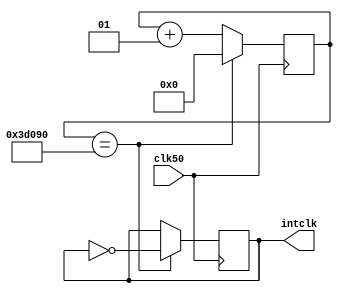
/*---------------50 Mhz to 1hz clock----------------*/
module divclk2(clk50,intclk);
input clk50;
output intclk;
integer counter=0;
reg intclk=1'b0;
//reg led;

always@(posedge clk50)
begin: divclk

	if (counter==250000) begin
		counter=0;
//		led<=1'b0;
		intclk<=~intclk;
	end
	else begin 
		counter=counter+1;
	end
end
endmodule